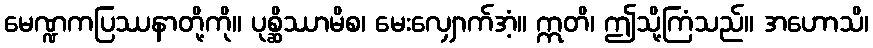
မေဏ္ဍကပြဿနာတို့ကို။ ပုစ္ဆိဿာမိစ၊ မေးလျှောက်အံ့။ ဣတိ၊ ဤသို့ကြံသည်။ အဟောသိ၊